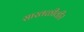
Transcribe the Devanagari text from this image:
साखळीवीर